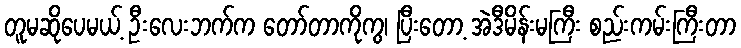
တူမဆိုပေမယ့် ဦးလေးဘက်က တော်တာကိုကွ၊ ပြီးတော့ အဲဒီမိန်းမကြီး စည်းကမ်းကြီးတာ